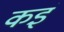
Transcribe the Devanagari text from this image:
कइं